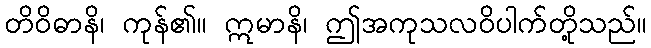
တိဝိဓာနိ၊ ကုန်၏။ ဣမာနိ၊ ဤအကုသလဝိပါက်တို့သည်။